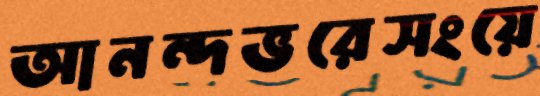
আনন্দভরেসংয়ে